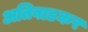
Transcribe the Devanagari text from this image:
अतिवाडकर